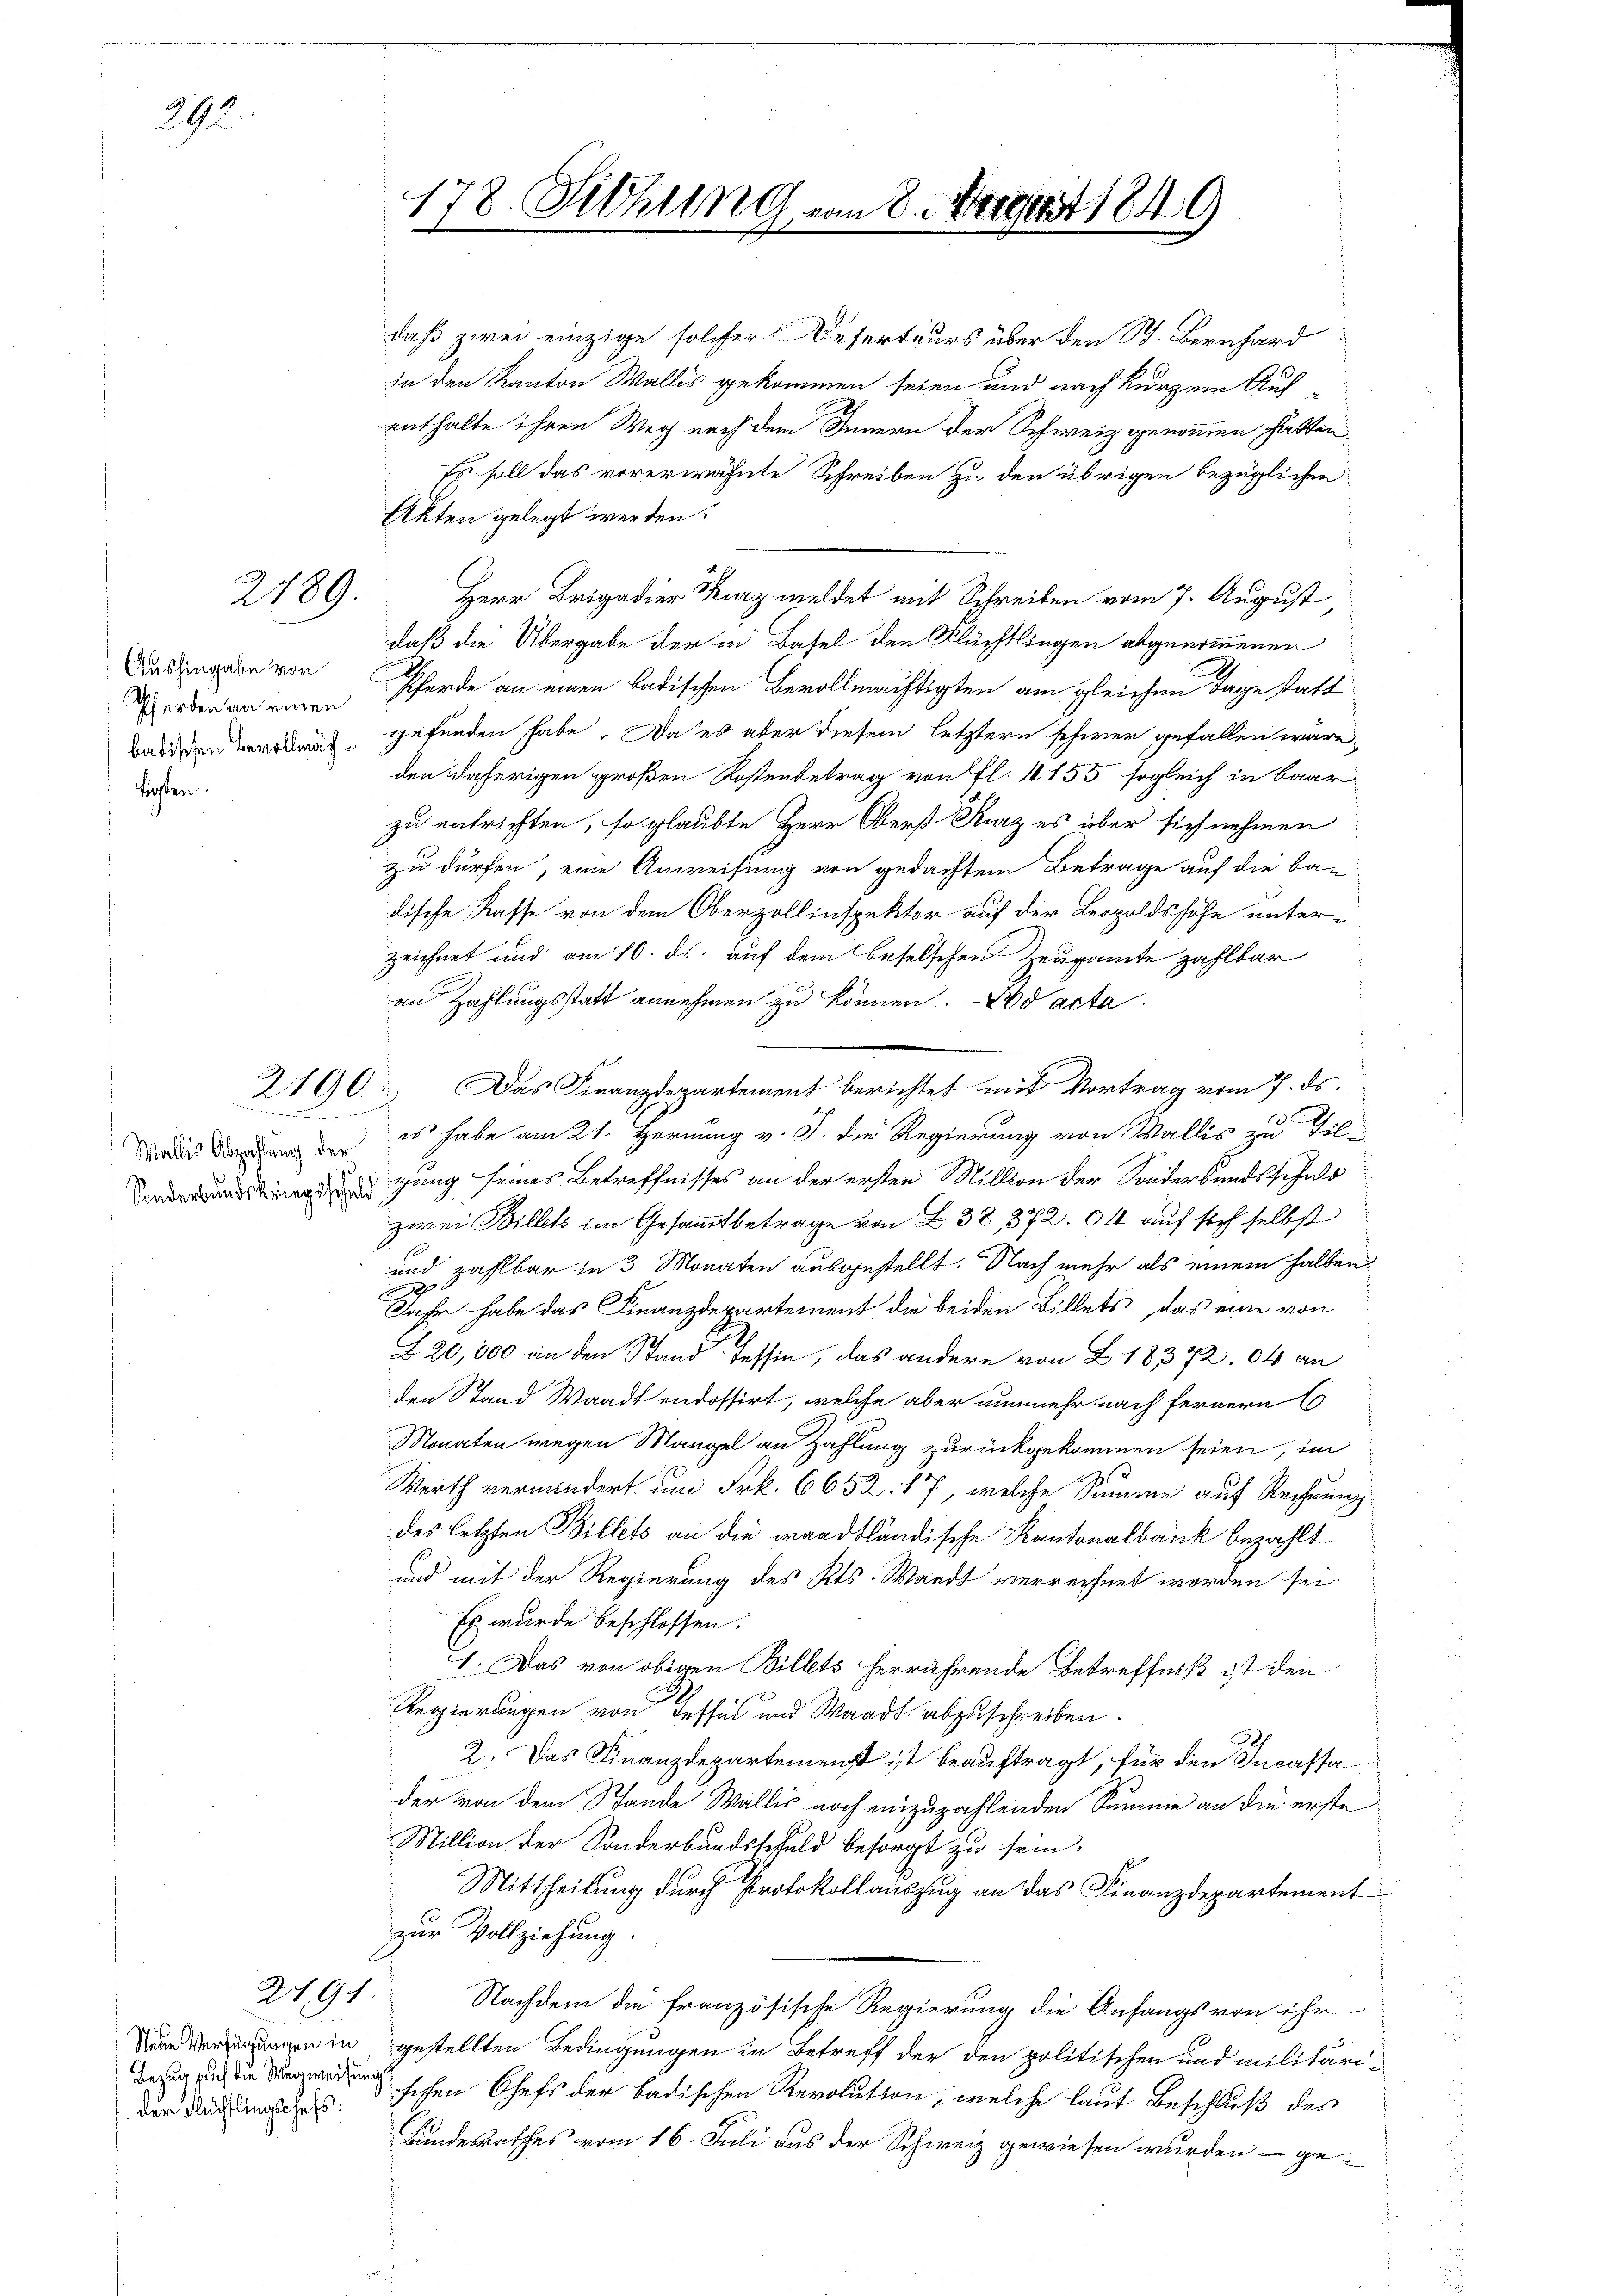
292.

gten.

2189.

Aushingabe von

.

Bezug auch die Wegweisung

2494.

daß zwei einzige solcher Deserteurs über den B. Bernhard
in den Kanton Wallis gekommen seien und nach kurzem Aufenthalte ihren Weg nach dem Innern der Schweiz genommen hatten,
Es soll das vorerwähnte Schreiben zu den übrigen bezüglichen
Akten gelegt werden.
Herr Brigadier Kurz meldet mit Schreiben vom 7. August
daß die Übergabe der in Basel den Flüchtlingen abgenommenen
erden an einen Pferde an einen badischen Bevollmächtigten am gleichen Tage statt
Baden Beredit gefunden habe. Da es aber diesem letztern schwer gefallen wäre,
den daherigen großen Kostenbetrag von fl. 1155 sogleich in baar
zu entrichten, so glaubte Herr Oberst Kurz es über sich nehmen
zu dürfen, eine Anweisung von gedachtem Betrage auf die ban
dische Kasse von dem Oberzollinspektor auf der Leopoldshöhe unterzeichnet und am 10. ds. auf dem beselschen Zeugamte zahlbar
an Zahlungsstatt annehmen zu können. — Id acta
2160. Das Finanzdepartement berichtet mit Vortrag vom 7. ds.
dlich den es habe am 21. Hornung v. J. die Regierung von Wallis zu Tilnadigung seines Betreffnisses an der ersten Million der Sonderbandsschuld
zwei Billets im Gesammtbetrage von B. 38, 372. 04 auf sich selbst
und zahlbar in 3 Monaten ausgestellt. Nach mehr als einem halben
d
Jahr habe das Finanzdepartement die beiden Billets, das eine von
Z 20,000 an den Stand Tessin, das andere von Z. 18372. 04 an
den Stand Waadt endossirt, welche aber nunmehr nach fernern
Monaten wegen Mangel an Zahlung zurückgekommen seien, im
Merth vermindert am Frk. 6652. 17, welche Summe auf Rechnung
des letzten Billets an die waadtländische Kantonalbank bezahlt.
und mit der Regierung des Kts. Waadt verrechnet worden sei.
Es wurde beschlossen:
1. Das von obigen Billets herrührende Betreffniß ist den
Regierungen von Tessin und Waadt abzuschreiben.
2. Das Finanzdepartemenst ist beauftragt, für den Incassa
der von dem Stande. Wallis noch einzuzahlenden Summe an die erste
Million der Sonderbundsschuld besorgt zu sein.
Mittheilung durch Protokollauszug an das Finanzdepartement
zur Vollziehung.
Nachdem die französische Regierung die Anfangs von ihr
n in gestellten Bedingungen in Betreff der den politischen und militärider Nachah u. schen Chefs der badischen Revolution, welche laut Beschluß des
Bundesrathes vom 16. Juli aus der Schweiz gewiesen wurden – ge¬

178. Sittlung vom 8. Octobert 1849